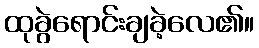
ထုခွဲရောင်းချခဲ့လေ၏။